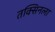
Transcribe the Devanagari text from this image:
तक्सिनला